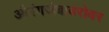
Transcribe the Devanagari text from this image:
औरंगजेबाबरोबर